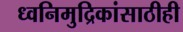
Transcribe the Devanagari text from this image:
ध्वनिमुद्रिकांसाठीही